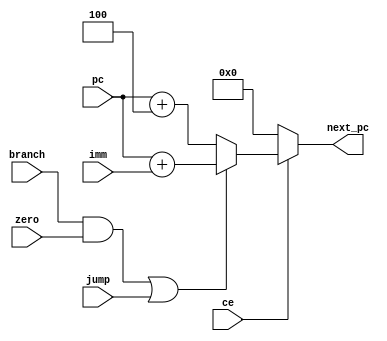
module next_pc(

    input           ce,
    input [31:0]    pc,
    input [31:0]    imm,
    input           branch,
    input           zero,
    input           jump,
    
    output reg[31:0]    next_pc
    );
    
always @ (*) begin     

    if(~ce)
        next_pc <= 0;  
    else                                   
        if(branch & zero || jump)
            next_pc <= pc + imm;
        else
            next_pc <= pc + 4'h4;
end
    
endmodule